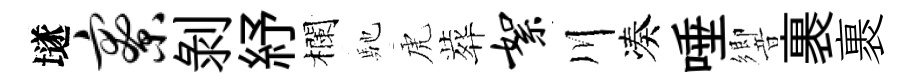
𡑞寮剝紓欄馳虎葬絮川凑唾響裹裹